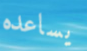
يساعده